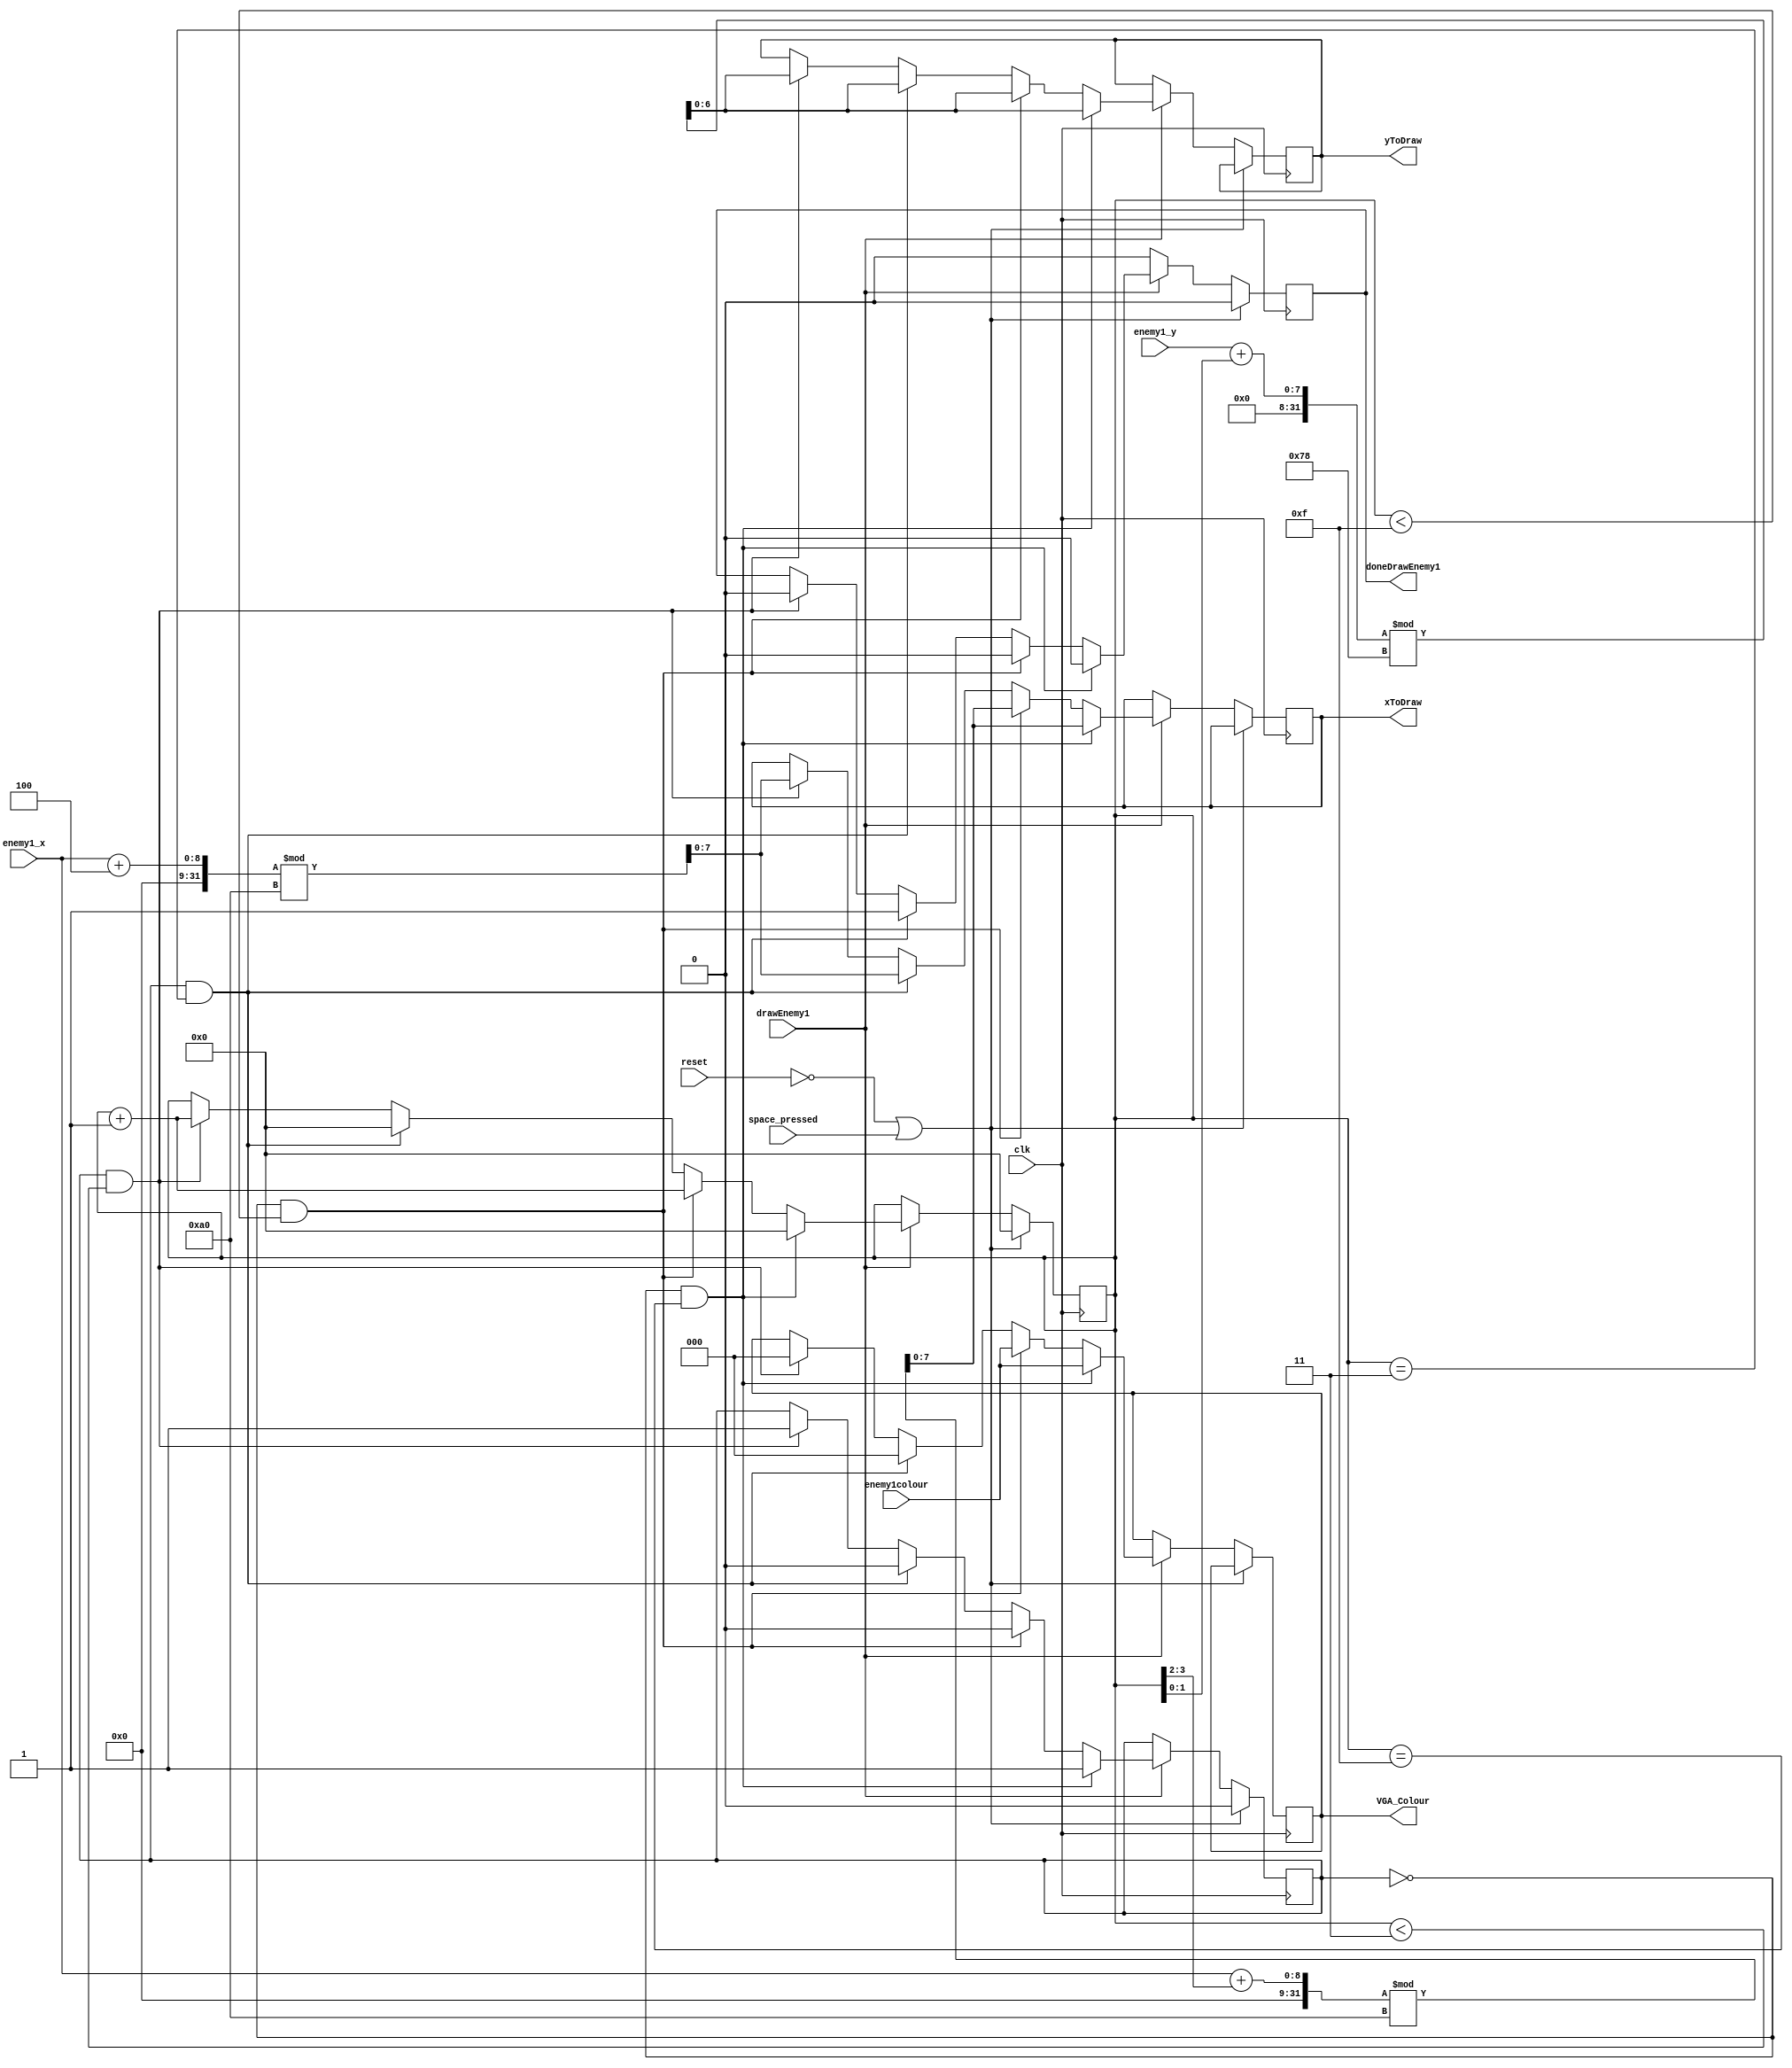
module drawenemy1(
    input clk, reset, space_pressed,
    input [7:0] enemy1_x,           // from datapath (also to VGA)
    input [6:0] enemy1_y,           // from datapath
    input [2:0] enemy1colour,       // from datapath
    input drawEnemy1,               // from fsm
    output reg [2:0] VGA_Colour,     // VGA pixel colour (RGB)
    output reg doneDrawEnemy1,
	output reg [7:0] xToDraw,
	output reg [6:0] yToDraw
);

   localparam shiftNumberInSquare = 4'b1111;
	localparam shiftNumberInColumn = 4'b0011;
	reg doneDrawRed;
	 
	 reg [3:0] squareCounter;

	always @(posedge clk) begin
		if (!reset || space_pressed) begin
			squareCounter <= 4'd0;
			doneDrawRed <= 1'b0;
            doneDrawEnemy1 <= 1'b0;
		end else if (!drawEnemy1) begin
				doneDrawEnemy1 <= 1'b0;
		end else if (drawEnemy1) begin
			if((doneDrawRed == 1'b0) && (squareCounter == shiftNumberInSquare)) begin
				xToDraw <= (enemy1_x + squareCounter[3:2]) % 160;
				yToDraw <= (enemy1_y + squareCounter[1:0]) % 120;
				squareCounter <= 4'd0;
				VGA_Colour <= enemy1colour;
				doneDrawRed <= 1'b1;
				doneDrawEnemy1 <= 1'b0;
			end else if ((doneDrawRed == 1'b0) && (squareCounter < shiftNumberInSquare)) begin
				squareCounter <= squareCounter + 1;
				xToDraw <= (enemy1_x + squareCounter[3:2]) % 160;
				yToDraw <= (enemy1_y + squareCounter[1:0]) % 120;
				VGA_Colour <= enemy1colour;
				doneDrawRed <= 1'b0;
				doneDrawEnemy1 <= 1'b0;
			end else if((doneDrawRed == 1'b1) && (squareCounter == shiftNumberInColumn)) begin
				xToDraw <= (enemy1_x + 4) % 160;
				yToDraw <= (enemy1_y + squareCounter[1:0]) % 120;
				squareCounter <= 4'd0;
				VGA_Colour <= 3'b000;
				doneDrawRed <= 1'b0;
				doneDrawEnemy1 <= 1'b1;
			end else if((doneDrawRed == 1'b1) && (squareCounter < shiftNumberInColumn)) begin
				xToDraw <= (enemy1_x + 4) % 160;
				yToDraw <= (enemy1_y + squareCounter[1:0]) % 120;
				squareCounter <= squareCounter + 1;
				VGA_Colour <= 3'b000;
				doneDrawRed <= 1'b1;
				doneDrawEnemy1 <= 1'b0;
			end
		end
	end
		
endmodule